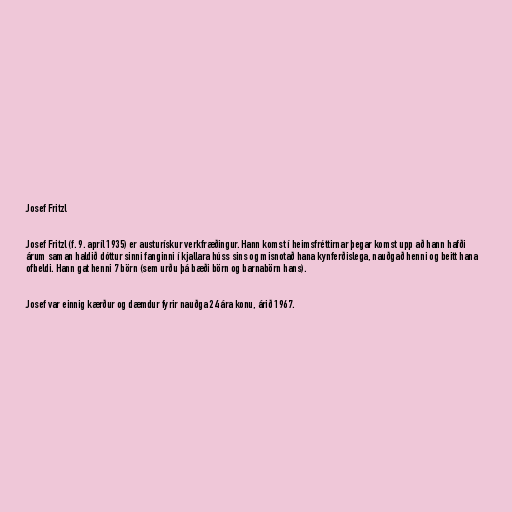
Josef Fritzl

Josef Fritzl (f. 9. apríl 1935) er austurískur verkfræðingur. Hann komst í heimsfréttirnar þegar komst upp að hann hafði
árum saman haldið dóttur sinni fanginni í kjallara húss sins og misnotað hana kynferðislega, nauðgað henni og beitt hana
ofbeldi. Hann gat henni 7 börn (sem urðu þá bæði börn og barnabörn hans).

Josef var einnig kærður og dæmdur fyrir nauðga 24 ára konu, árið 1967.